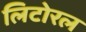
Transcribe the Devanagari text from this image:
लिटोरल